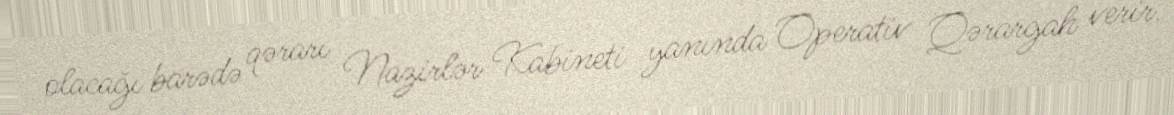
olacağı barədə qərarı Nazirlər Kabineti yanında Operativ Qərargah verir.